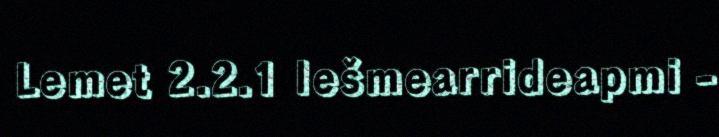
Lemet 2.2.1 Iešmearrideapmi -